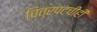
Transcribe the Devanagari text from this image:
चित्रपटचीही